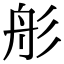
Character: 䑣